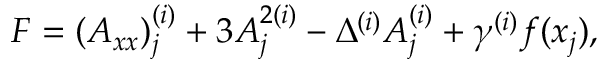
F = ( A _ { x x } ) _ { j } ^ { ( i ) } + 3 A _ { j } ^ { 2 { ( i ) } } - \Delta ^ { ( i ) } A _ { j } ^ { ( i ) } + \gamma ^ { ( i ) } f ( x _ { j } ) ,